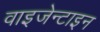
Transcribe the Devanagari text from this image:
वाइजेन्टाइन